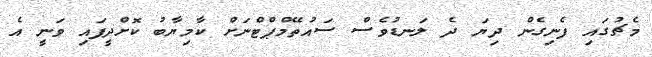
މެޗުގައި ފެނިގެން ދިޔަ ދެ ލަނޑުވެސް ސައުތޭމްޕްޓްނަށް ކާމިޔާބު ކޮށްދީފައި ވަނީ އެ